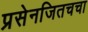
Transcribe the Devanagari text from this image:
प्रसेनजितचचा